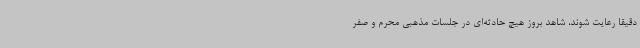
دقیقاً رعایت شوند، شاهد بروز هیچ حادثه‌ای در جلسات مذهبی محرم و صفر